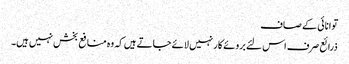
توانائی کے صاف
ذرائع صرف اس لئے بروئے کار نہیں لائے جاتے ہیں کہ وہ منافع بخش نہیں ہیں۔